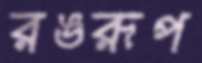
রঙরূপ